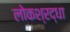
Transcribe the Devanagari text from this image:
लोकश्रद्धा